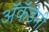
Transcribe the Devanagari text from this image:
अॅकॅडेमी